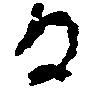
る